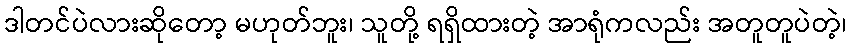
ဒါတင်ပဲလားဆိုတော့ မဟုတ်ဘူး၊ သူတို့ ရရှိထားတဲ့ အာရုံကလည်း အတူတူပဲတဲ့၊